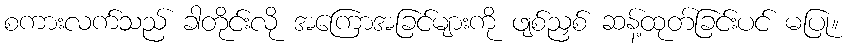
စကားလက်သည် ခါတိုင်းလို အကြောအခြင်များကို ဖျစ်ညှစ် ဆန့်ထုတ်ခြင်းပင် မပြု။